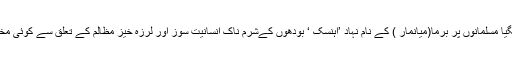
ہم نے ابھی تک براہ راست روہنگیا مسلمانوں پر برما(میانمار ) کے نام نہاد ’اَہِنسَک ‘ بودھوں کےشرم ناک انسانیت سوز اور لرزہ خیز مظالم کے تعلق سے کوئی مخصوص کالم تحریر نہیں کیا ہے۔